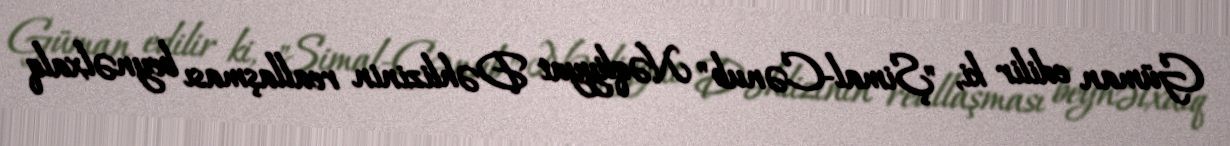
Güman edilir ki, "Şimal-Cənub" Nəqliyyat Dəhlizinin reallaşması beynəlxalq